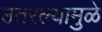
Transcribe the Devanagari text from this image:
उतरल्यामुळे